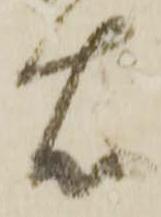
右